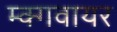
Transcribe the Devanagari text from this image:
म्क्गवायर